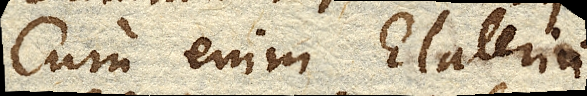
Cum enim Elaterium